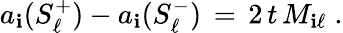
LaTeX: a_{\mathbf{i}}(S_{\ell}^{+})-a_{\mathbf{i}}(S_{\ell}^{-})\, =\, 2\, t\, M_{\mathbf{i}\ell}\; .